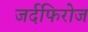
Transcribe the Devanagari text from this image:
जर्दफिरोज